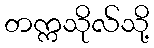
တက္ကသိုလ်သို့